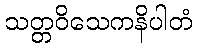
သတ္တဝိသေကနိပါတံ